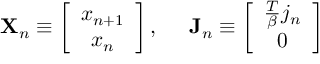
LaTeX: \mathbf { X } _ { n } \equiv \left[ \begin{array} { c } { { x _ { n + 1 } } } \\ { { x _ { n } } } \end{array} \right] , \; \; \; \; \; \mathbf { J } _ { n } \equiv \left[ \begin{array} { c } { { \frac T \beta j _ { n } } } \\ { { 0 } } \end{array} \right]